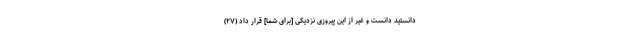
دانستيد دانست و غير از اين پيروزى نزديكى [براى شما] قرار داد (۲۷)